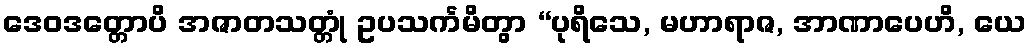
ဒေဝဒတ္တောပိ အဇာတသတ္တုံ ဥပသင်္ကမိတွာ “ပုရိသေ, မဟာရာဇ, အာဏာပေဟိ, ယေ